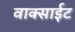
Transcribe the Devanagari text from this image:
वाक्साईट